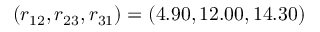
( r _ { 1 2 } , r _ { 2 3 } , r _ { 3 1 } ) = ( 4 . 9 0 , 1 2 . 0 0 , 1 4 . 3 0 )